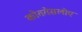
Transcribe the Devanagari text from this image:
कोततेसलोए